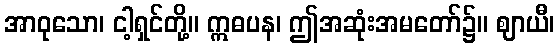
အာဝုသော၊ ငါ့ရှင်တို့။ ဣဓပန၊ ဤအဆုံးအမတော်၌။ ဈာယီ၊